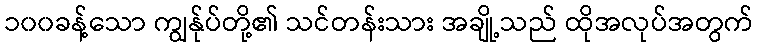
၁၀၀ခန့်သော ကျွန်ုပ်တို့၏ သင်တန်းသား အချို့သည် ထိုအလုပ်အတွက်